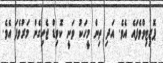
ޕޮޒިޓިވްވެފައެ އެވެ. އަދި ތިން މީހަކު ވަނީ ކޮވިޑް ޖެހިގެން މަރުވެފަ އެވެ.